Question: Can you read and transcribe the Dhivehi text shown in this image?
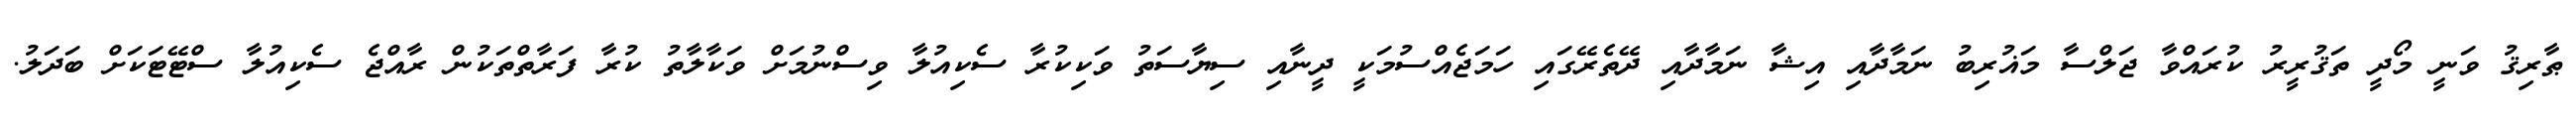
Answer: ޠާރިޤު ވަނީ މޯދީ ތަޤުރީރު ކުރައްވާ ޖަލްސާ މަޣުރިބު ނަމާދާއި އިޝާ ނަމާދާއި ދޭތެރޭގައި ހަމަޖެއްސުމަކީ ދީނާއި ސިޔާސަތު ވަކިކުރާ ސެކިއުލާ ވިސްނުމަށް ވަކާލާތު ކުރާ ފަރާތްތަކުން ރާއްޖެ ސެކިއުލާ ސްޓޭޓަކަށް ބަދަލު.